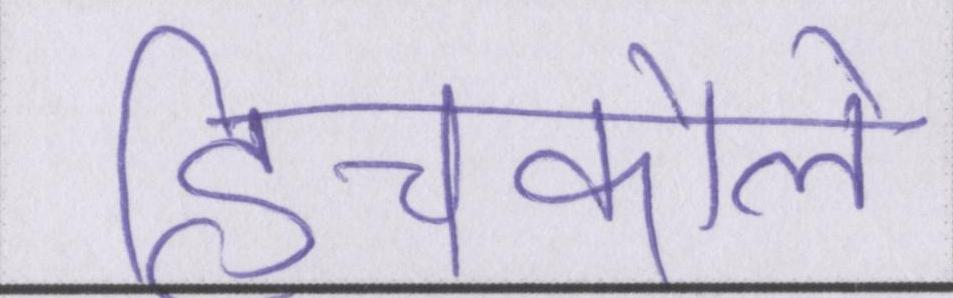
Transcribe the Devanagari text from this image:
हिचकोले